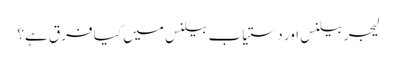
لیجر بیلنس اور دستیاب بیلنس میں کیا فرق ہے؟